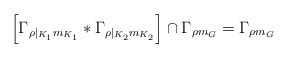
\begin{align*}\left[\Gamma_{\rho|_{K_1} m_{K_1}}\ast\Gamma_{\rho|_{K_2} m_{K_2}}\right]\cap\Gamma_{\rho m_G}=\Gamma_{\rho m_G}\end{align*}